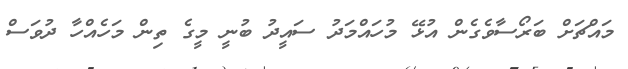
މައްޗަށް ބަރޯސާވެގެން އުޅޭ މުހައްމަދު ސައީދު ބުނީ މީގެ ތިން މަހެއްހާ ދުވަސް